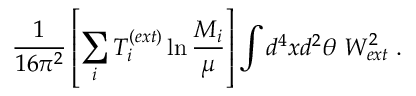
\frac { 1 } { 1 6 \pi ^ { 2 } } \left[ \sum _ { i } T _ { i } ^ { ( e x t ) } \ln \frac { M _ { i } } { \mu } \right] \int d ^ { 4 } x d ^ { 2 } \theta ~ W _ { e x t } ^ { 2 } \; .